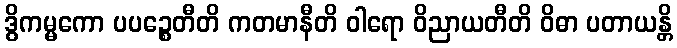
ဒွိကမ္မကော ပပဉ္စေတီတိ ကတမာနီတိ ဝါရော ဝိညာယတီတိ ဝိဓာ ပတာယန္တိ